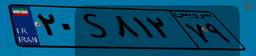
۲۰S۸۱۲۷۹